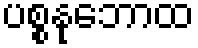
ပစ္စနုဘောထ